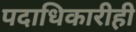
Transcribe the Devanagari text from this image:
पदाधिकारीही